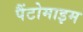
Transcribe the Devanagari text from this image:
पैंटोमाइम